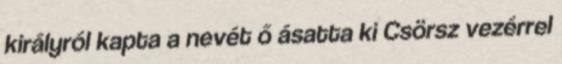
királyról kapta a nevét ő ásatta ki Csörsz vezérrel